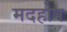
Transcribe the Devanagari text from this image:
मदहोष